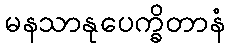
မနသာနုပေက္ခိတာနံ